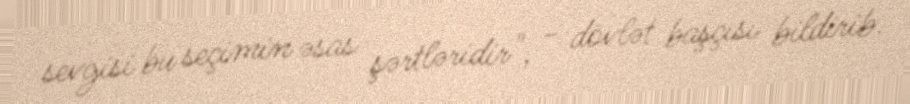
sevgisi bu seçimin əsas şərtləridir", - dövlət başçısı bildirib.